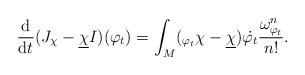
LaTeX: \begin{align*}\frac{\mathrm{d}}{\mathrm{d} t} (J_{\chi} - \underline{\chi} I)(\varphi_t) = \int_M (_{\varphi_t} \chi - \underline{\chi}) \dot{\varphi_t} \frac{\omega_{\varphi_t}^n}{n!}.\end{align*}